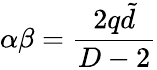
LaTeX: \alpha\beta=\frac{2q\tilde{d}}{D-2}